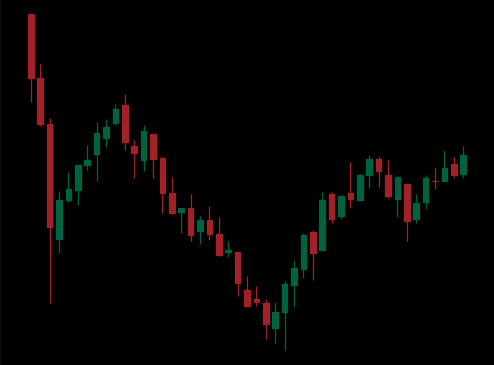
Pattern: inverse_head_shoulders